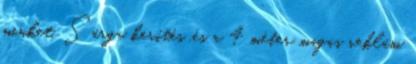
minket. Sárga kerítés ,és a 4 méter magas reklám